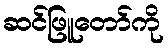
ဆင်ဖြူတော်ကို